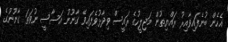
އެހެން ބުނެފައިވާއިރު ރައްޔިތުން މަޖިލީހުގެ ރައީސް ވިދާޅުވެފައިވޭ ގާނޫނު އަސާސީ ނުވަތަ ގާނޫނުގެ